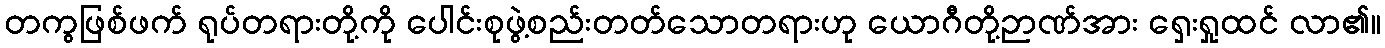
တကွဖြစ်ဖက် ရုပ်တရားတို့ကို ပေါင်းစုဖွဲ့စည်းတတ်သောတရားဟု ယောဂီတို့ဉာဏ်အား ရှေးရှုထင် လာ၏။